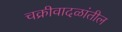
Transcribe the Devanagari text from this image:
चक्रीवादळांतील